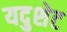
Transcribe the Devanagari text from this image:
यदुशेट